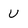
Character: U